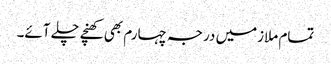
تمام ملازمیں درجہ چہارم بھی کھنچے چلے آئے۔